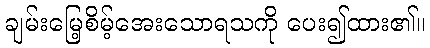
ချမ်းမြေ့စိမ့်အေးသောရသကို ပေး၍ထား၏။